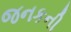
જનકની